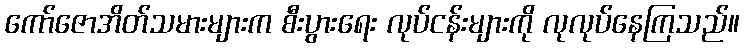
ကော်ဇောအိတ်သမားများက စီးပွားရေး လုပ်ငန်းများကို လုလုပ်နေကြသည်။